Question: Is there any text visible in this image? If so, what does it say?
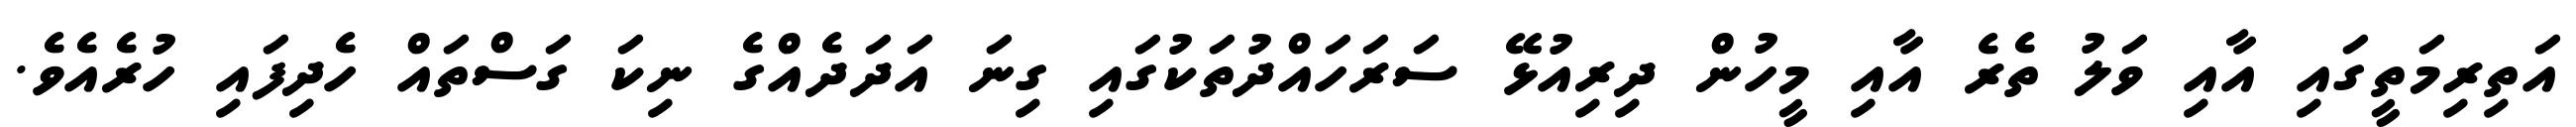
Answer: އަތިރިމަތީގައި އާއި ވަލު ތެރެ އާއި މީހުން ދިރިއުޅޭ ސަރަހައްދުތަކުގައި ގިނަ އަދަދެއްގެ ނިކަ ގަސްތައް ހެދިފައި ހުރެއެވެ.